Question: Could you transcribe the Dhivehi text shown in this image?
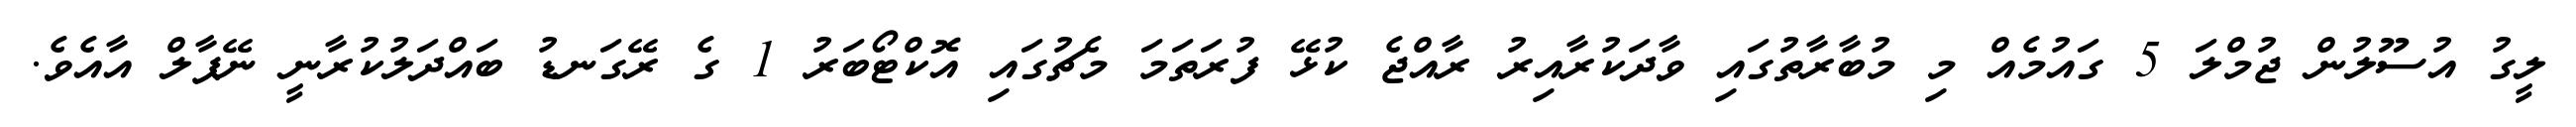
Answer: ލީގު އުސޫލުން ޖުމްލަ 5 ގައުމެއް މި މުބާރާތުގައި ވާދަކުރާއިރު ރާއްޖެ ކުޅޭ ފުރަތަމަ މެޗުގައި އޮކްޓޯބަރު 1 ގެ ރޭގަނޑު ބައްދަލުކުރާނީ ނޭޕާލް އާއެވެ.